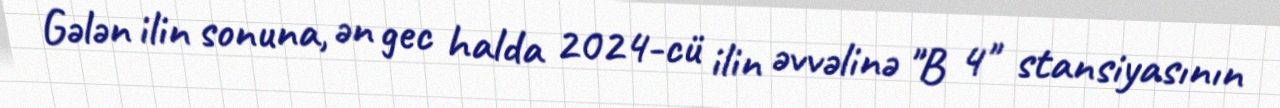
Gələn ilin sonuna, ən gec halda 2024-cü ilin əvvəlinə "B 4" stansiyasının